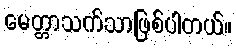
မေတ္တာသက်သာဖြစ်ပါတယ်။